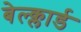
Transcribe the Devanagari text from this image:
बेल्क्लार्ड